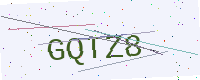
Text: GQTZ8